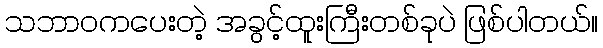
သဘာဝကပေးတဲ့ အခွင့်ထူးကြီးတစ်ခုပဲ ဖြစ်ပါတယ်။